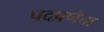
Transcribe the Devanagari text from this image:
पदप्रणेता